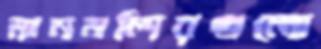
মানমন্দিরগুলো